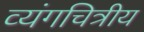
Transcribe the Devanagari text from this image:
व्यंगचित्रीय